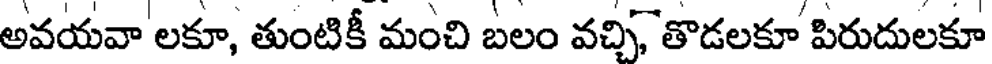
అవయవా లకూ, తుంటికీ మంచి బలం వచ్చి, తొడలకూ పిరుదులకూ